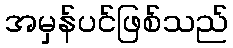
အမှန်ပင်ဖြစ်သည်